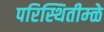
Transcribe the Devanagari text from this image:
परिस्थितीम्ळे